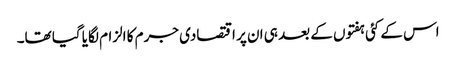
اس کے کئی ہفتوں کے بعد ہی ان پر اقتصادی جرم کا الزام لگایا گیا تھا۔